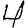
Digit: 4